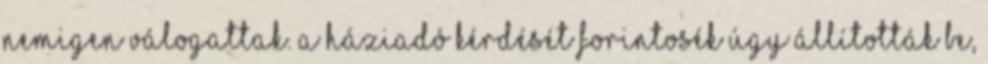
nemigen válogattak. A háziadó kérdését Forintosék úgy állították be,